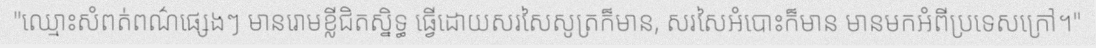
"ឈ្មោះសំពត់ពណ៌ផ្សេងៗ មានរោមខ្លីជិតស្និទ្ធ ធ្វើដោយសរសៃសូត្រក៏មាន, សរសៃអំបោះក៏មាន មានមកអំពីប្រទេសក្រៅ។"